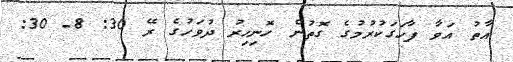
އާތު އަވާ ފާހަގަކުރުމުގެ ގޮތުން ހޮނިހިރު ދުވަހުގެ ރޭ 30: 8- 30: